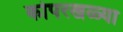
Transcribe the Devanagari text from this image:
कोपरखळ्या